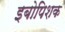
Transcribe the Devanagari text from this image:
इबोपिशक